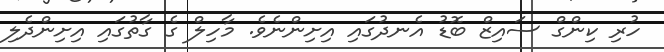
ހުރި ކިންގް ސައިޒް ބޮޑު އެނދުގައި އިށިންނެވެ. މާހިލް ގެ ގާތުގައި އިށިންދެލި